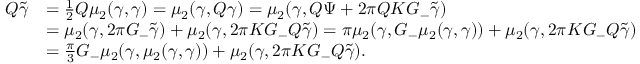
\begin{array} { r l } { Q \tilde { { \gamma } } } & { = \frac 1 2 Q \mu _ { 2 } ( { \gamma } , { \gamma } ) = \mu _ { 2 } ( { \gamma } , Q { \gamma } ) = \mu _ { 2 } ( { \gamma } , Q \Psi + 2 \pi Q K G _ { - } \tilde { { \gamma } } ) } \\ & { = \mu _ { 2 } ( { \gamma } , 2 \pi G _ { - } \tilde { { \gamma } } ) + \mu _ { 2 } ( { \gamma } , 2 \pi K G _ { - } Q \tilde { { \gamma } } ) = \pi \mu _ { 2 } ( { \gamma } , G _ { - } \mu _ { 2 } ( { \gamma } , { \gamma } ) ) + \mu _ { 2 } ( { \gamma } , 2 \pi K G _ { - } Q \tilde { { \gamma } } ) } \\ & { = \frac \pi 3 G _ { - } \mu _ { 2 } ( { \gamma } , \mu _ { 2 } ( { \gamma } , { \gamma } ) ) + \mu _ { 2 } ( { \gamma } , 2 \pi K G _ { - } Q \tilde { { \gamma } } ) . } \end{array}